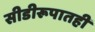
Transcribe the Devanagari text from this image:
सीडीरूपातही